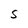
Character: S